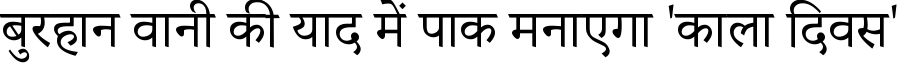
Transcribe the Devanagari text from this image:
बुरहान वानी की याद में पाक मनाएगा 'काला दिवस'